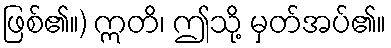
ဖြစ်၏။) ဣတိ၊ ဤသို့ မှတ်အပ်၏။